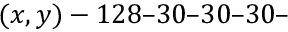
( x , y ) - 1 2 8 – 3 0 – 3 0 – 3 0 –